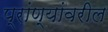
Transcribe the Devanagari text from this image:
प्रांण्यांवरील